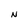
Character: N